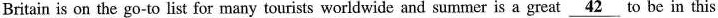
Britain is on the go-to list for many tourists worldwide and summer is a great \underline{42} to be in this